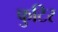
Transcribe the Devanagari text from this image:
फुटिर